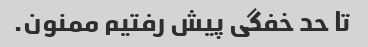
تا حد خفگی پیش رفتیم ممنون.